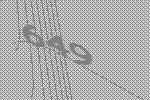
649